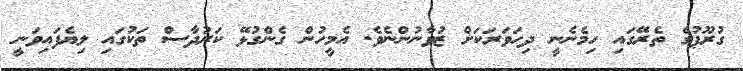
ގުރޫޕުގެ ތެރޭގައި ހިމެނެނީ ދިހަވަރަކަށް ޒުވާނުންނެވެ. އެމީހުން ގެންގުޅޭ ކަރުދާސް ތަކުގައި ލިޔެފައިވަނީ